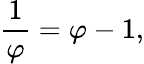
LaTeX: {\frac{1}{\varphi}}=\varphi-1,